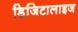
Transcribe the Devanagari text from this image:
डिजिटालाइज